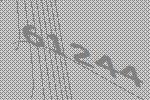
61244